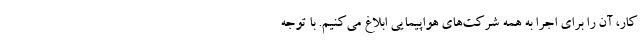
کار، آن را برای اجرا به همه شرکت‌های هواپیمایی ابلاغ می‌کنیم. با توجه